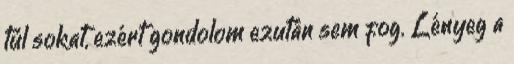
túl sokat, ezért gondolom ezután sem fog. Lényeg a